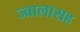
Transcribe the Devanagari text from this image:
ज्वालासह